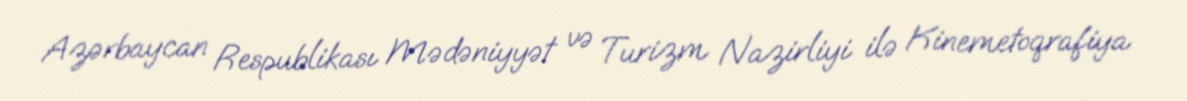
Azərbaycan Respublikası Mədəniyyət və Turizm Nazirliyi ilə Kinemetoqrafiya